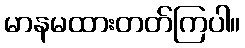
မာနမထားတတ်ကြပါ။